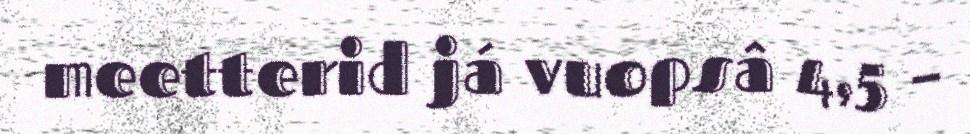
meetterid já vuopsâ 4,5 –